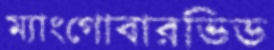
ম্যাংগোবারভিড